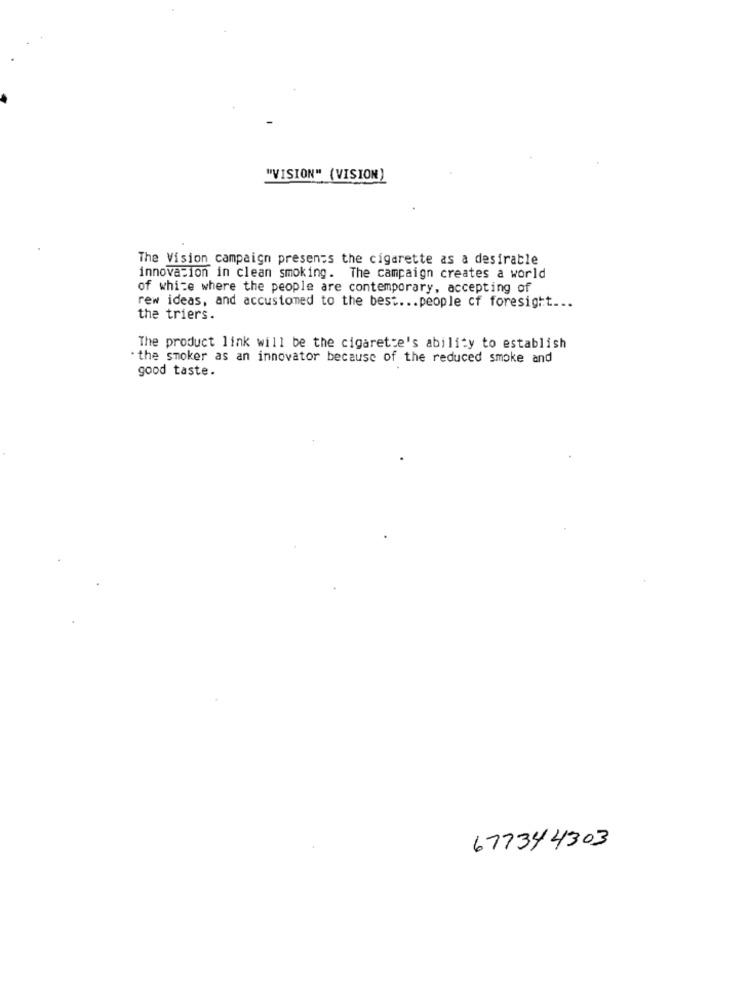
"VISION" (VISION)
The Vision campaign presents the cigarette as a desirable
innovation in clean smoking. The campaign creates a world
of white where the people are contemporary, accepting of
rew ideas, and accustomed to the best ... people cf foresight ...
the triers.
The product link will be the cigarette's ability to establish
. the smoker as an innovator because of the reduced smoke and
good taste.
677344303